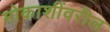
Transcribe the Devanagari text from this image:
मोकाशींवरील